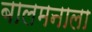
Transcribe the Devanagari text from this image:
बालमनाला